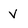
Character: v